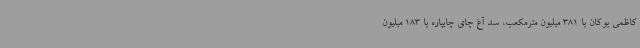
کاظمی بوکان با 381 میلیون مترمکعب، سد آغ چای چایپاره با 183 میلیون